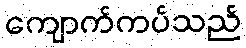
ကျောက်ကပ်သည်